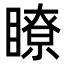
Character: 瞭